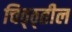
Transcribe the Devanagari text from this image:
चिठ्ठ्तील